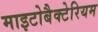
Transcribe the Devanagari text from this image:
माइटोबैक्टेरियम